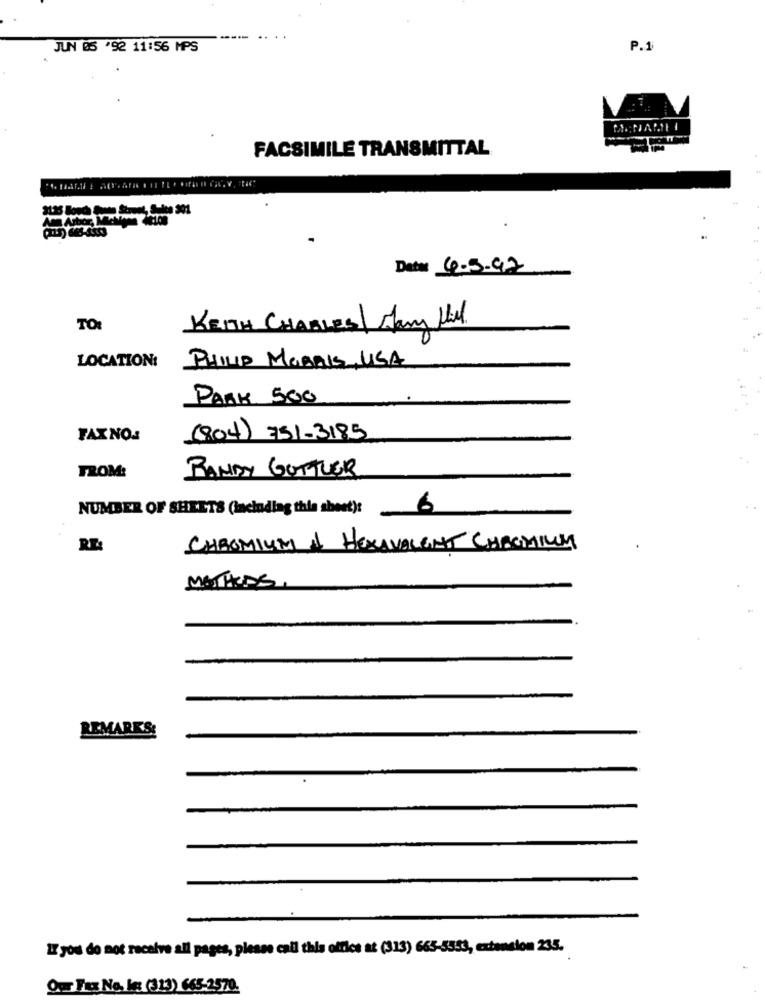
JUN 05 '92 11:56 MPS
P.1
FACSIMILE TRANSMITTAL
Am Arbor, Mate
Data: 4-5-92
TO:
KEITH CHARLES Jany Ltd.
LOCATION:
PHILIP MORRIS, USA
PARK 500
FAXNO:
(804) 751-3185
FROM:
BANDY GOTTLER
NUMBER OF SHEETS (Including this sheet): 6
RE:
CHROMIUM & HEXAVALENT CHROMIUM
MATIAS
REMARKS:
27 you do not receive all pages, please call this office at (313) 665-5553, extension 235.
Our Tus No. Is (313) 665-2.570.